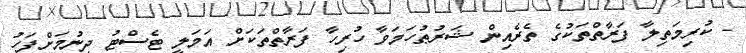
- ކުރިމަތިލާ ފަރާތްތަކުގެ ތެރެއިން ޝަރުޠުހަމަވާ ހުރިހާ ފަރާތްތަކަށް އަމަލީ ޓެސްޓު ދިނުމަށްފަހު